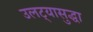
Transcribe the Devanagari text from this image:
उलट्यासुद्धा